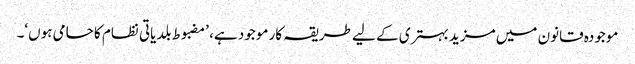
موجودہ قانون میں مزید بہتری کے لیے طریقہ کار موجود ہے، ’مضبوط بلدیاتی نظام کا حامی ہوں‘۔